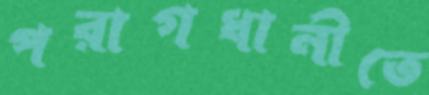
পরাগধানীতে